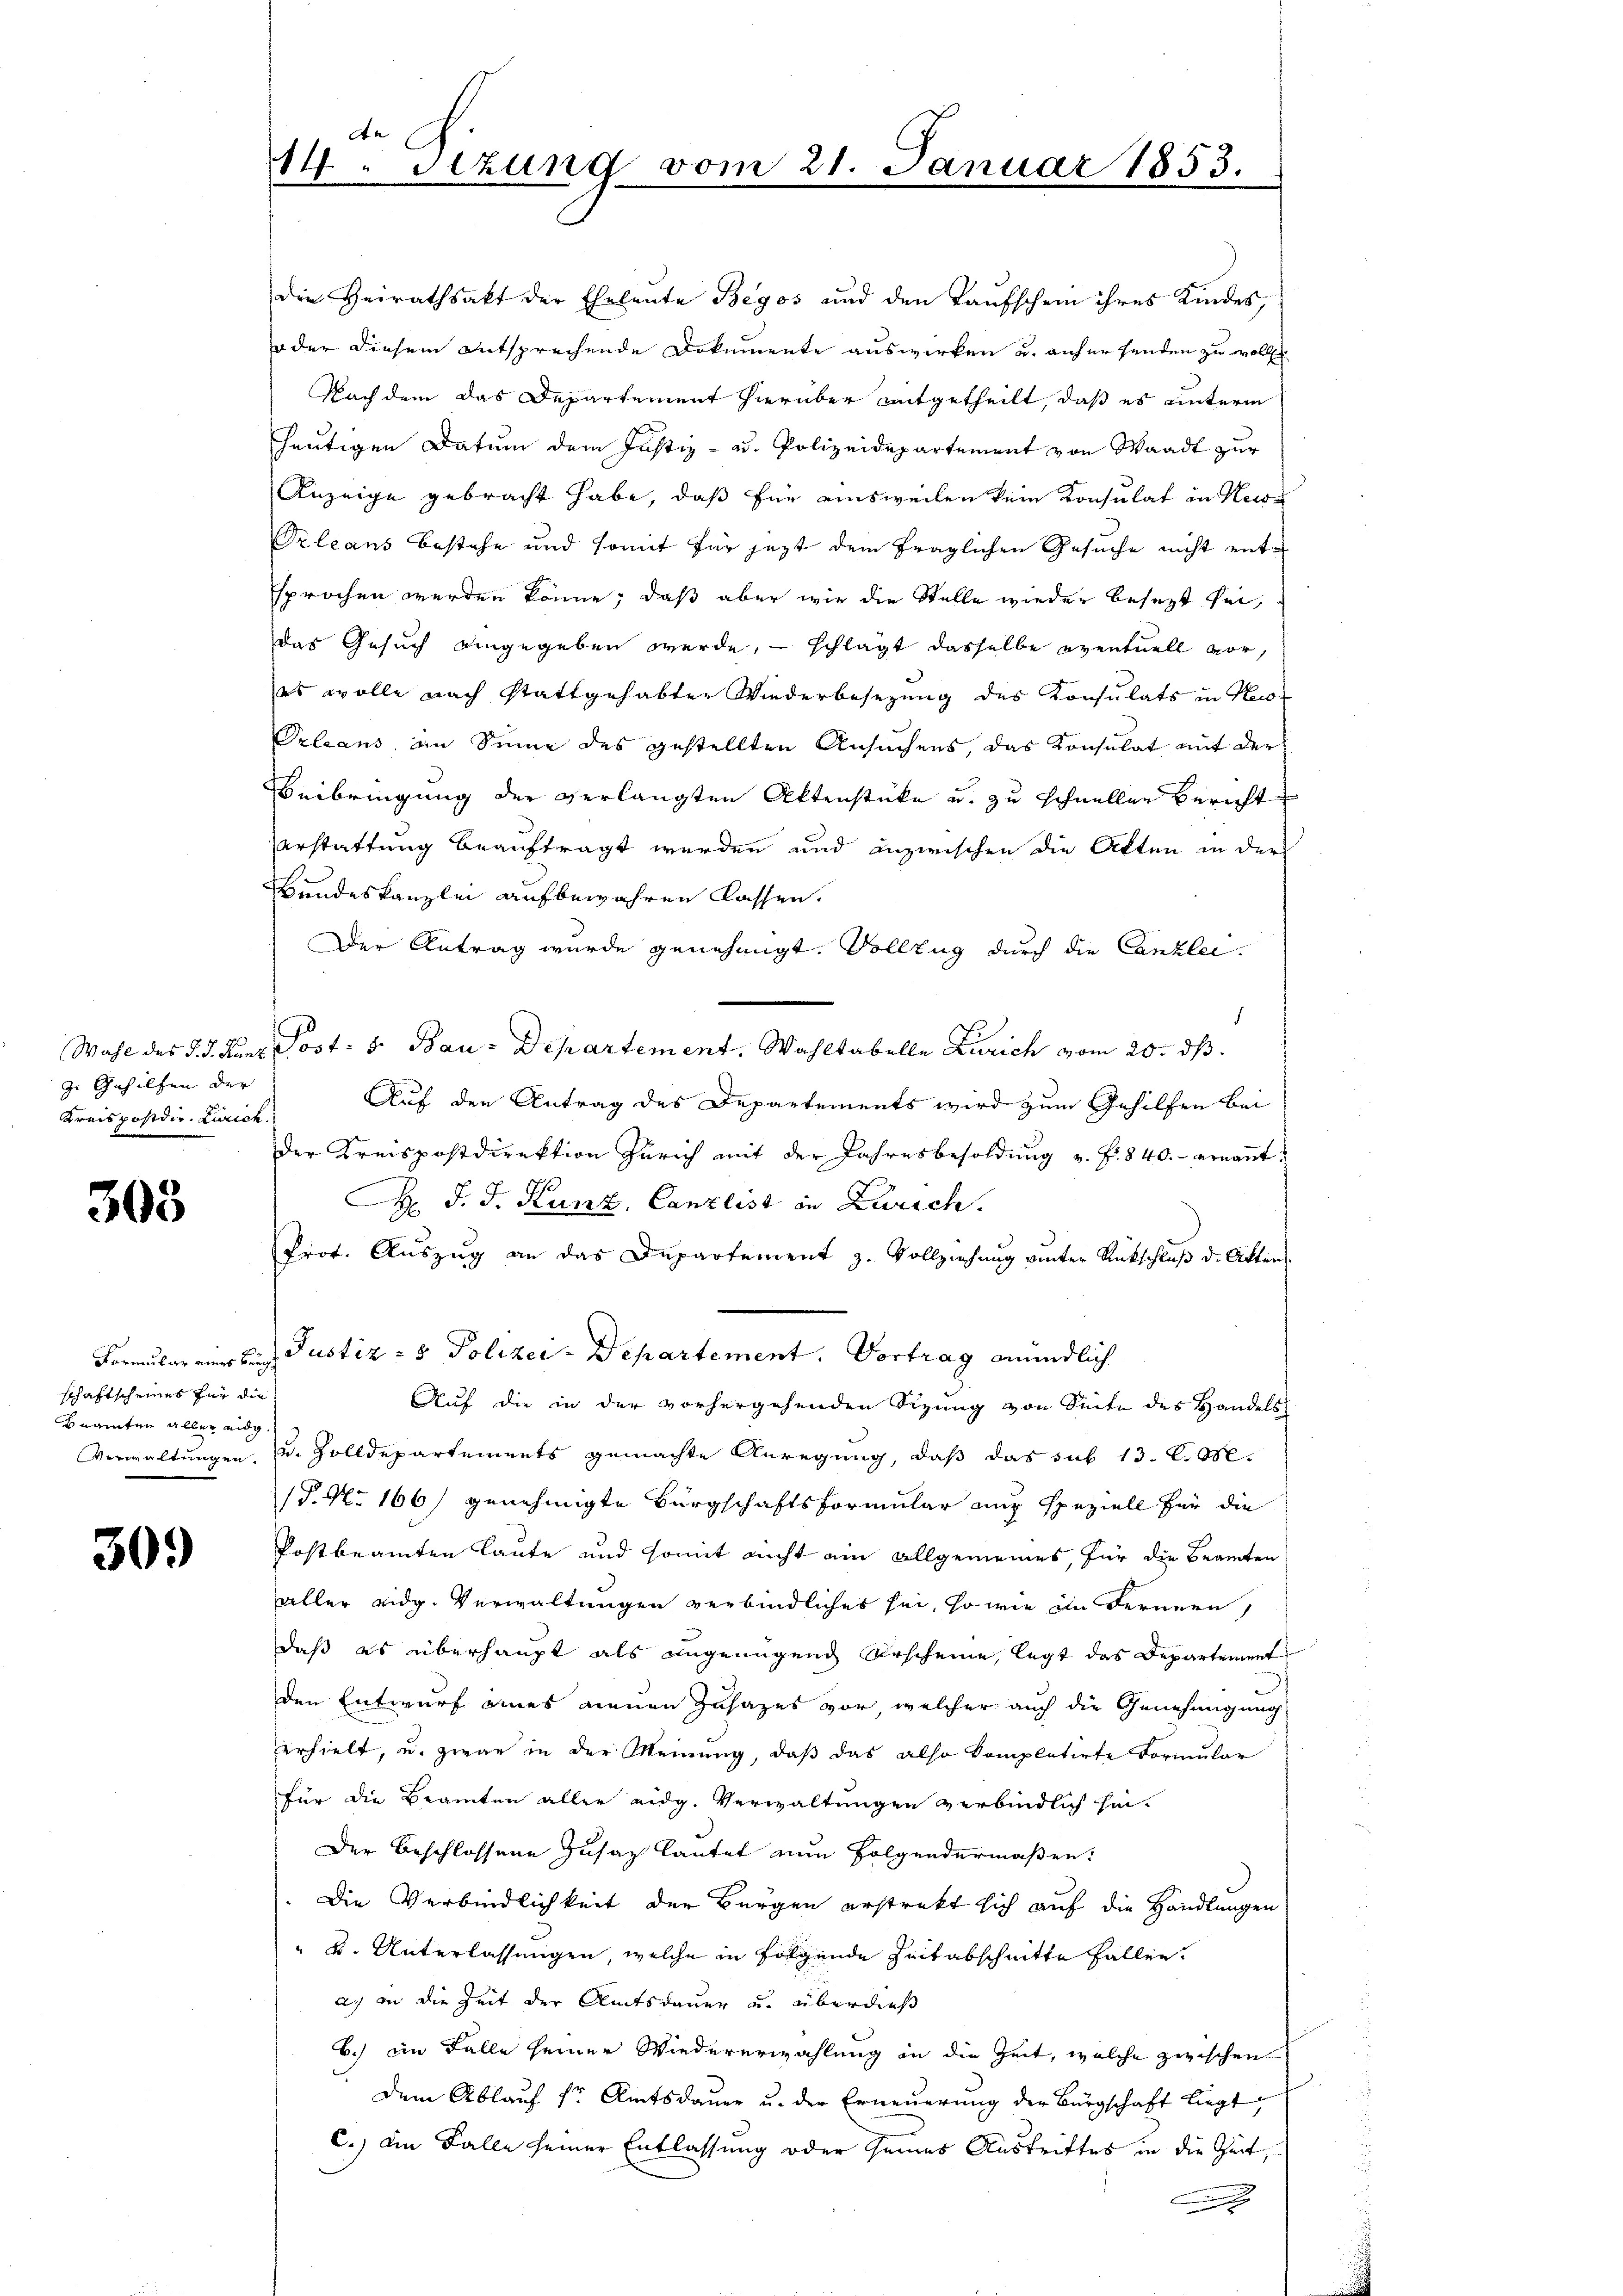
ge Gehilfen der
Kreispostdir. Zürich.

303

schaftscheines für die
Beamten aller eidg.

30.)

An
14. Setzung vom 21. Januar 1853.

die Heirathsakt der Eheleute Begos und den Taufschein ihres Kindes,
oder diesem entsprechende Dokumente auswirken u. anher senden zu woll
Nach dem das Departement hierüber mitgetheilt, daß es unterm
heutigen Datum dem Justiz- u. Polizeidepartement von Waadt zur
Anzeige gebracht habe, daß für ainsweilen kein Konsulat in Keise
Orleans bestehe und somit für jezt dem fraglichen Gesuche nicht entsprochen werden könne; daß aber wie die Stelle wieder besezt sei,
das Gesuch angegeben werde, schlägt dasselbe eventuell vor,
es wolle nach stattgehabter Wiederbesezung des Konsulats in Pa¬
Orleans, an Sinne des gestellten Ansuchens das Konsulat mit der
Beibringung der verlangten Aktenstücke u. zu schnellen Bericht
Verstattung beauftragt werden und inzwischen die Akten in der
Bundeskanzlei aufbewahren Kassen.
Der Antrag wurde genehmigt. Vollzug durch die Canzlei¬
.
Wahl des J. J. Kunz Post: 5. Bau-Departement. Wahltabelle Zürich vom 20. ds.
Auf den Antrag des Departements wird zum Gehilfen bei
der Kreispostdirektion Zürich mit der Jahresbesoldung v. F. 840.- ernannt.
. F. J. Kunz, Canzlist in Zürich.
Prot. Aŭszŭg an das Departement z. Vollziehŭng ŭnter Rückschlŭβ d. Akten
Formulareiner ein Justiz- & Polizei-Departement. Vortrag mündlich
Auf die in der vorhergehenden Sizung von Seite des Handels
Verwaltungen, u. Zolldepartements gemachte Anregung, daß das sub 13. d. M.
/5. No 166) genehmigte Bürgschaftsformular auf speziell für die
Postbeamten laute und somit nicht ein allgemeines, für die Beamten
aller eidg. Verwaltungen verbindliches sei, so wie in Fernern
daß es überhaupt als angenügend erscheine, legt das Departement
den Entwurf eines neuen Zusages vor, welcher auch die Genehmigung
erhielt, u. zwar in der Meinung, daß das also kompletirte Formular
für die Beamten aller eidg. Verwaltungen verbindlich hin¬
Der Beschlossene Zusatz lautet nun folgendermaßen:
Die Verbindlichkeit der Bürgen erstrakt sich auf die Handlungen
" u. Unterlassungen, welche in folgende Zeit abschnitte Fallen.
a.) an die Zeit der Amtsdauer u. überdieß
b.) im Falle seiner Wiedererwählung an die Zeit, welche zwischen
dem Ablauf dr Amtsdauer u. der Erneuerung der Bürgschaft liegt,
C.) Die Falle seiner Entlassung oder seines Austrittes in die Zeit,